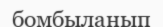
бомбыланып